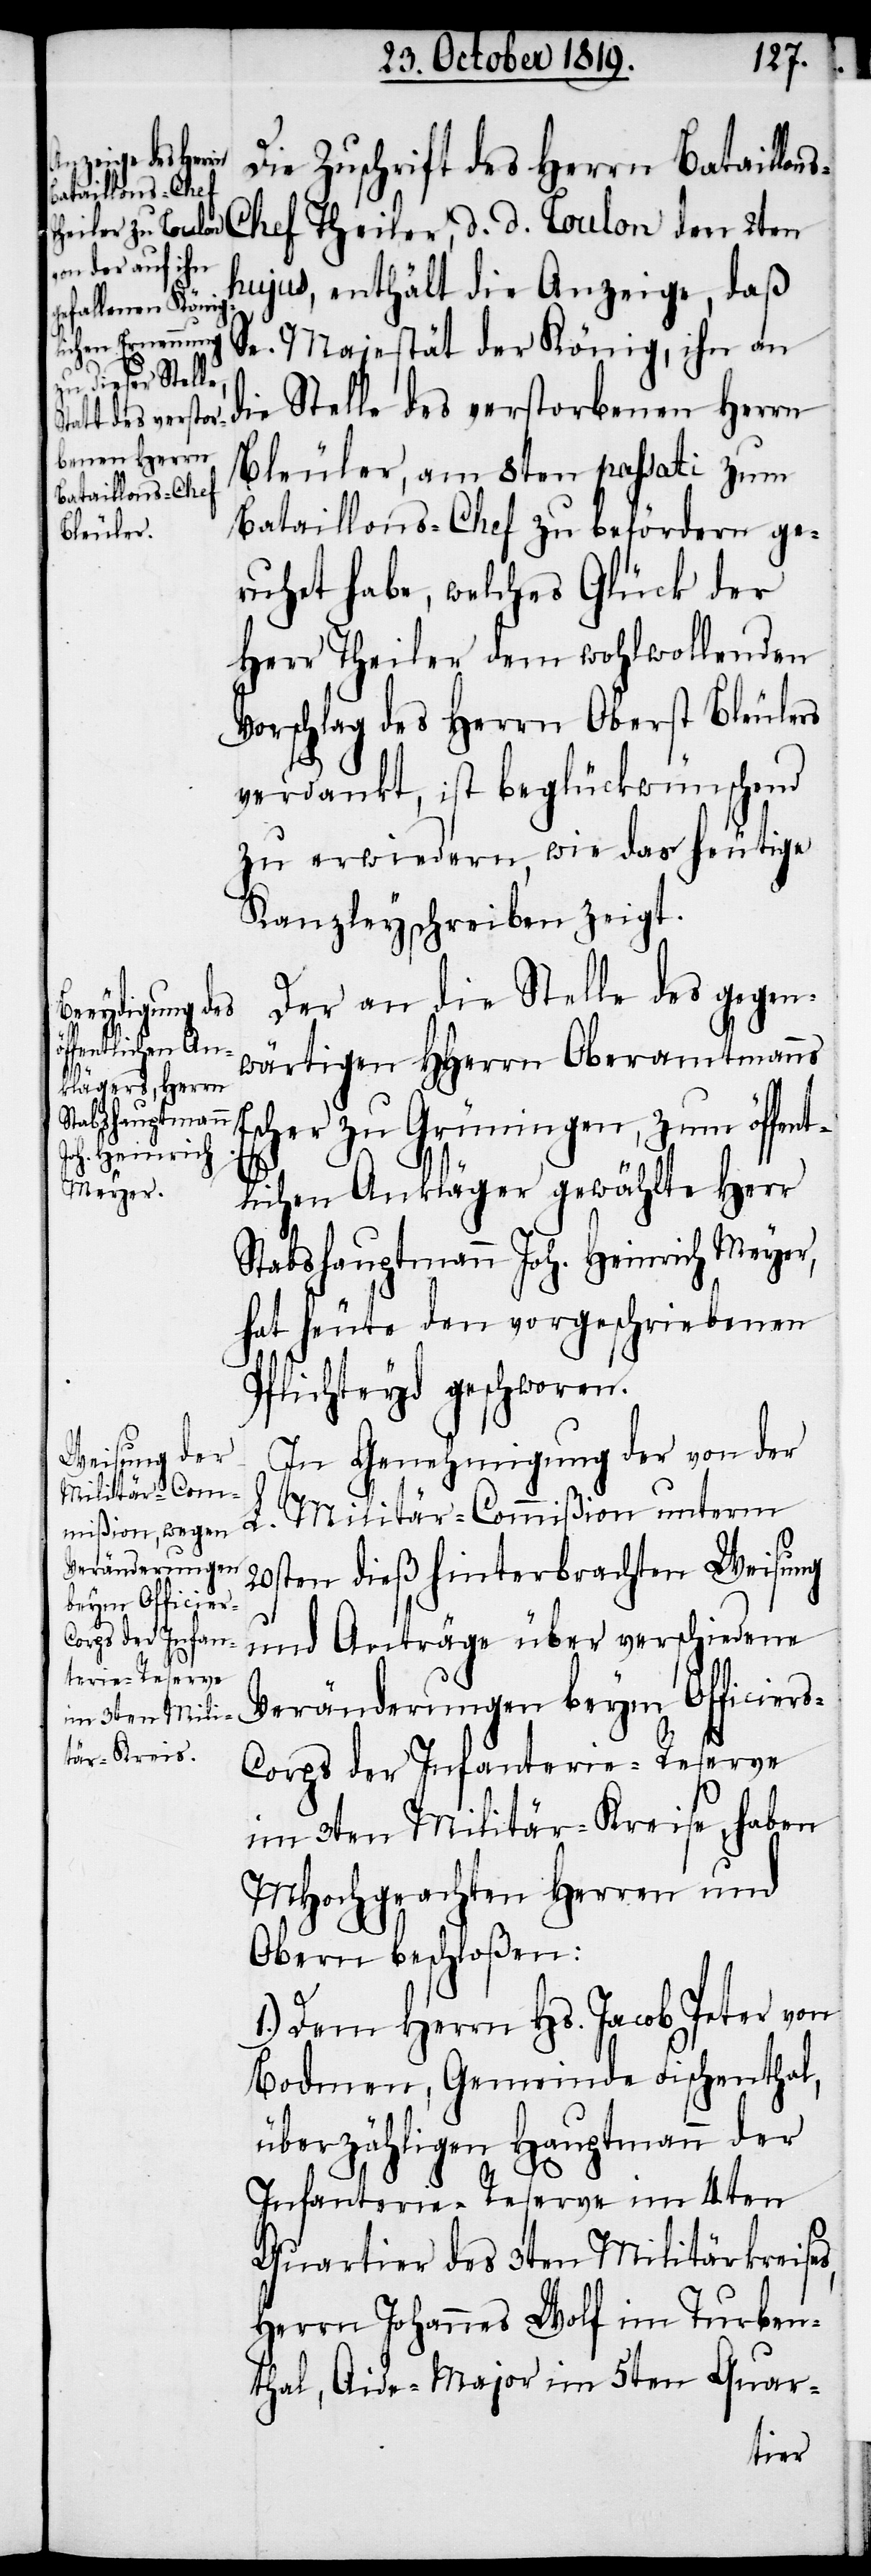
Die Zuschrift des Herrn Batai¬
llons-Chef Theiler, d. d. Toulon den 2ten
hujus, enthält die Anzeige, daß
Se. Majestät der König, ihn an
die Stelle des verstorbenen Herrn
Bleuler, am 8ten passati zum
Bataillons-Chef zu befördern ge¬
ruhet habe, welches Glück der
Herr Theiler dem wohlwollenden
Vorschlag des Herrn Oberst Bleulers
verdankt, ist beglückwünschend
zu erwiedern, wie das heutige
Kanzleyschreiben zeigt.
Der an die Stelle des gegen¬
wärtigen HHerrn Oberamtmanns
Escher zu Grüningen, zum öffent¬
lichen Ankläger gewählte Herr
Stabshauptmann Joh. Heinrich Meyer,
hat heute den vorgeschriebenen
Pflichteyd geschworen.
In Genehmigung der von der
Militär-Commißion unterm
L.
Veränderungen
20sten dieß hinterbrachten Weisung
beym Officier¬
und Anträge über verschiedene
s-Corps der Infanterie-Reserve
im 3ten Militär-Kreise, haben
MHochgeachten Herren und
Obern beschloßen:
1.) Dem Herrn Hs. Jacob Peter von
Bodmen, Gemeinde Fischenthal,
überzähligen Hauptmann der
Infanterie-Reserve im 4ten
Quartier des 3ten Militärkreises,
Herrn Johannes Wolf im Turben¬
thal, Aide-Major im 5ten Quar-